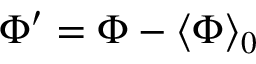
\Phi ^ { \prime } = \Phi - \left\langle \Phi \right\rangle _ { 0 }